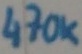
Text: 470K